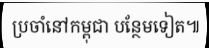
ប្រចាំនៅកម្ពុជា បន្ថែមទៀត៕